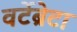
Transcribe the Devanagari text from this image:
वर्टेब्रेटा